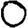
Digit: 0